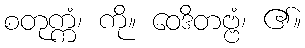
စတုက္ကံ၊ ကို။ ဝေဒိတဗ္ဗံ၊ ၏။